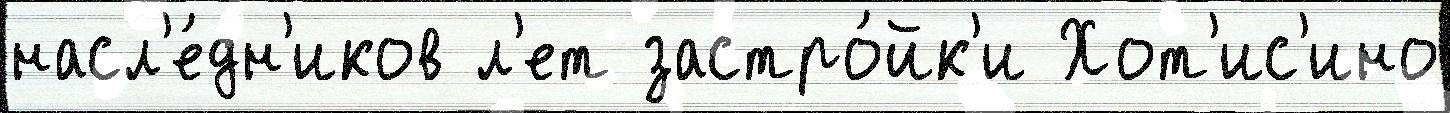
насл'е́дн'иков л'ет застро́йк'и Хот'ис'ино